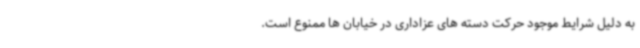
به دلیل شرایط موجود حرکت دسته های عزاداری در خیابان ها ممنوع است.